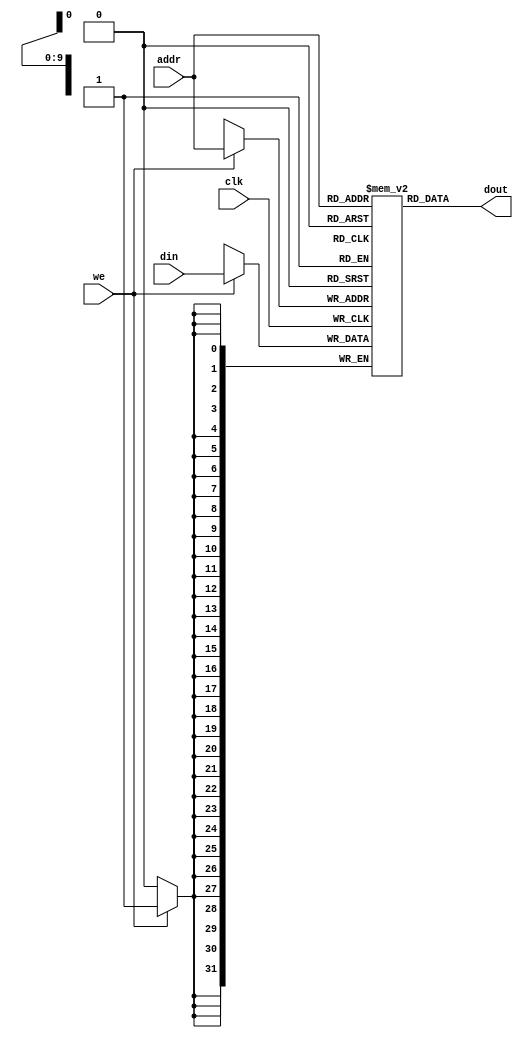
`timescale 1ns / 1ps
//////////////////////////////////////////////////////////////////////////////////
// Company: 
// Engineer: 
// 
// Design Name: 
// Module Name: dm
// Project Name: 
// Target Devices: 
// Tool Versions: 
// Description: 
// 
// Dependencies: 
// 
// Revision:
// Revision 0.01 - File Created
// Additional Comments:
// 
//////////////////////////////////////////////////////////////////////////////////


module dm_4k(addr,din,we,clk,dout);
    input   [11:2]addr;
    input   [31:0]din;
    input   we;
    input   clk;

    output  [31:0]dout;

    reg     [31:0]dm[1023:0];

    assign dout = dm[addr];
    always@(posedge clk)
        begin
            if(we)
                dm[addr] <= din;
        end

endmodule